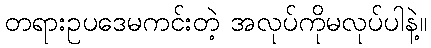
တရားဥပဒေမကင်းတဲ့ အလုပ်ကိုမလုပ်ပါနဲ့။